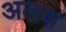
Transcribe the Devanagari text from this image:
अलक्ष